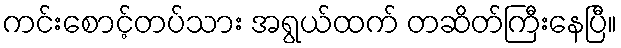
ကင်းစောင့်တပ်သား အရွယ်ထက် တဆိတ်ကြီးနေပြီ။